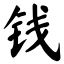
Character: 钱